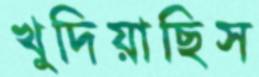
খুদিয়াছিস